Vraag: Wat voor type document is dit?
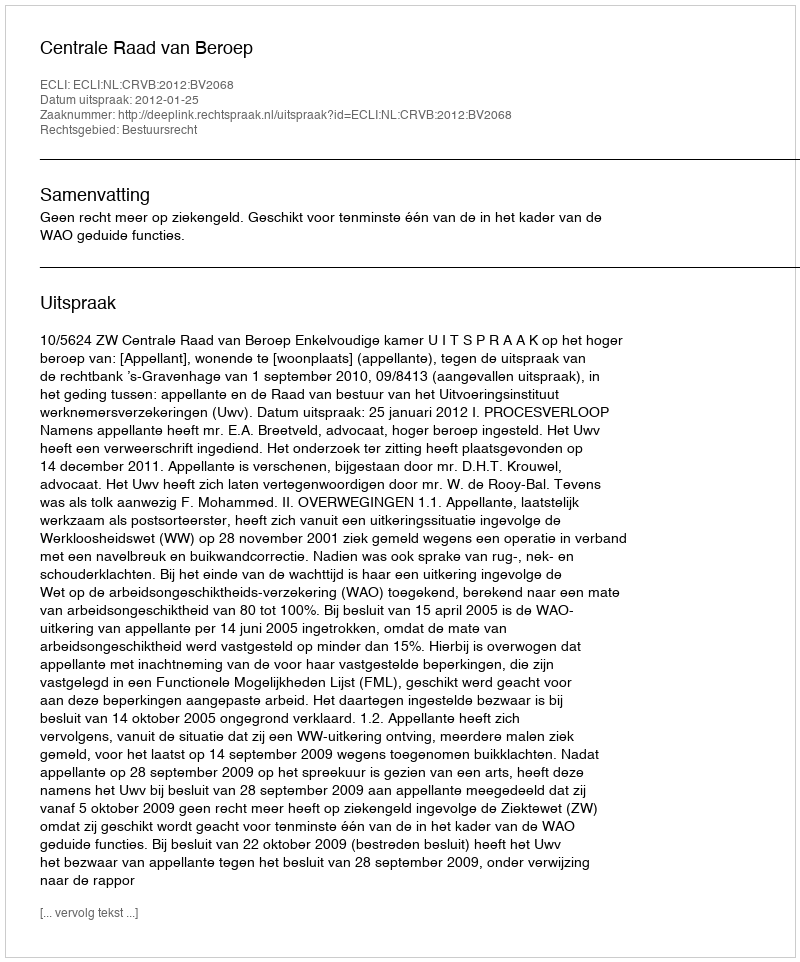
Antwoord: Uitspraak